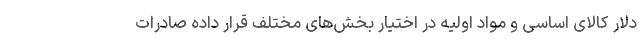
دلار کالای اساسی و مواد اولیه در اختیار بخش‌های مختلف قرار داده صادرات